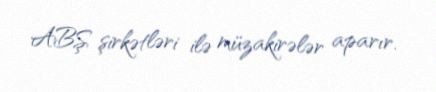
ABŞ şirkətləri ilə müzakirələr aparır.